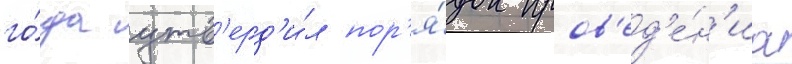
го́да утв'ерд'и́л пор'я́док пров'ед'е́н'иа